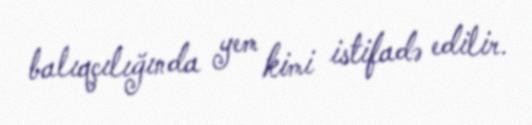
balıqçılığında yem kimi istifadə edilir.